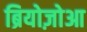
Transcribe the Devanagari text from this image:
ब्रियोज़ोआ